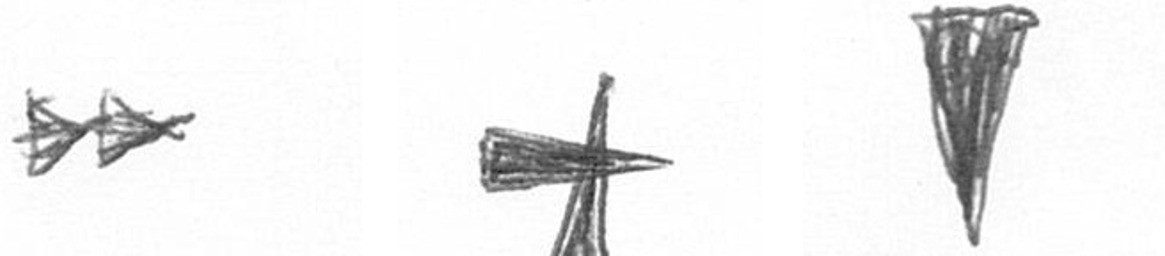
A G J